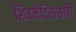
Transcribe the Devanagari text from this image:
शिवमंदिरासाठी